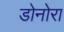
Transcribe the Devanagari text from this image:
डोनोरा